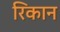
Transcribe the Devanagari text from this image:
रिकान